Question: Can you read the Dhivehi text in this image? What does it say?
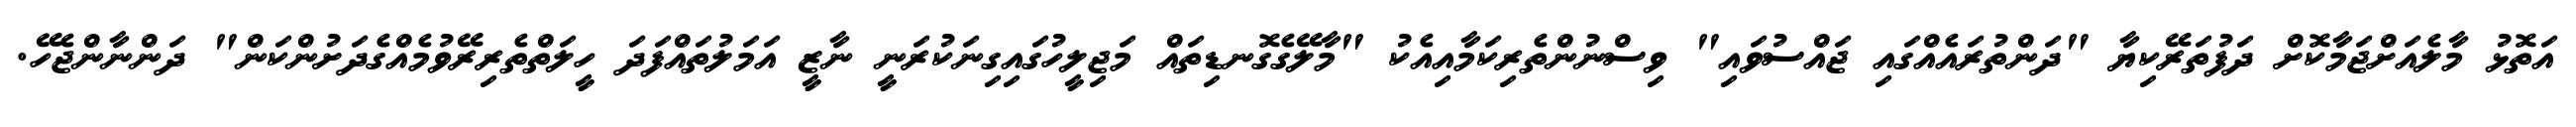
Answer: އަތޮޅު މާލެއަށްޖަމާކޮށް ދަފުތަރޭކިޔާ "ދަންތުރައެއްގައި ޖައްސުވައި" ވިސްނުންތެރިކަމާއިއެކު "މާލޭގެގޮނޑިތައް މަޖިލީހުގައިގިނަކުރަނީ ނާޒީ އަމަލުތައްފަދަ ހީލަތްތެރިރޭވުމެއްގެދަށުންކަން" ދަންނާންޖެހޭ.